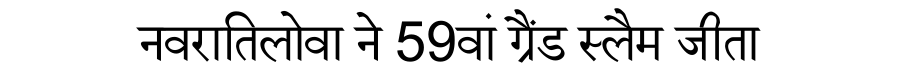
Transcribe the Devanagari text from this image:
नवरातिलोवा ने 59वां ग्रैंड स्लैम जीता